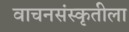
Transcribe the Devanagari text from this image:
वाचनसंस्कृतीला